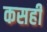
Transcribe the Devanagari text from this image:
कसही